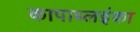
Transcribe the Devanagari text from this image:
कापाब्लइंका